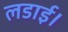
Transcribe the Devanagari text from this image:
लडाई।